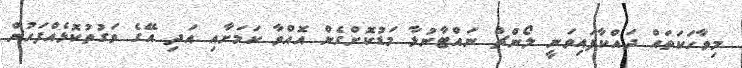
މިވާހަކަތައް ދައްކާފައިވަނީ ލޯންޗް ނަައްޓާނުލާ މަޑުކޮށްގެން އޮއްވާ ކަމަށާއި އަދި އޭގެ ވަގުތުކޮޅެއްފަހުން